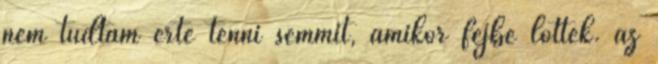
nem tudtam érte tenni semmit, amikor fejbe lőtték. az